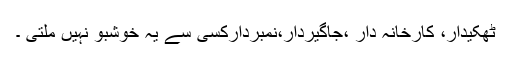
ٹھکیدار، کارخانہ دار ،جاگیردار،نمبردارکسی سے یہ خوشبو نہیں ملتی ۔